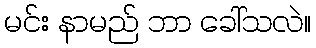
မင်း နာမည် ဘာ ခေါ်သလဲ။